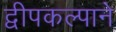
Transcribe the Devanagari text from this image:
द्वीपकल्पाने